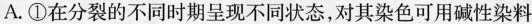
A.①在分裂的不同时期呈现不同状态，对其染色可用碱性染料